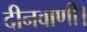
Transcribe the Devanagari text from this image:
दीनवाणी।